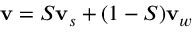
{ \bf v } = S { \bf v } _ { s } + ( 1 - S ) { \bf v } _ { w }